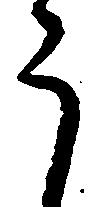
う